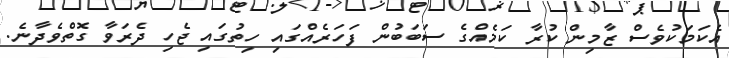
އެކަމަކުވެސް ޒާމިން ކުރާ ކަމެއްގެ ސަބަބުން ފަހަރެއްގައި ހިތުގައި ޖެހި ދެރަވާ ގޮތްވެދާނެ.